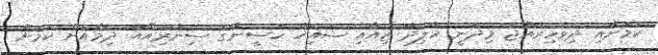
ކަމަށާއި ދިވެހިރާއްޖެ މިދަނީ ޚާލިދާ ޒިއާއި ޝައިޚް ހަސީނާގެ ސިނާރިއޯއާ ދިމާއަށް ކަމަށް